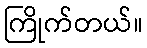
ကြိုက်တယ်။